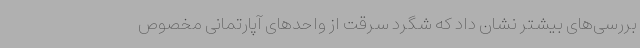
بررسی‌های بیشتر نشان داد که شگرد سرقت از واحدهای آپارتمانی مخصوص